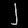
Digit: ၂